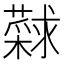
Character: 𰲎